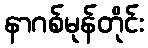
နာဂစ်မုန်တိုင်း